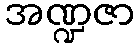
အဏ္ဍဇာ